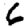
Digit: 6